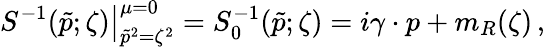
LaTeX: \left.S^{-1}(\tilde{p};\zeta)\right|_{\tilde{p}^{2}=\zeta^{2}}^{\mu=0}=S_{0}^{-1}(\tilde{p};\zeta)=i\gamma\cdot p+m_{R}(\zeta)\, ,